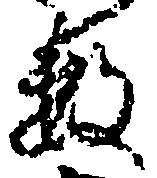
数